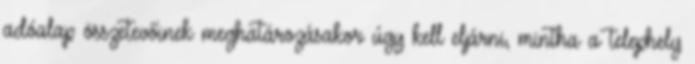
adóalap összetevőinek meghatározásakor úgy kell eljárni, mintha a telephely